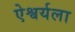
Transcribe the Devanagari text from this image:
ऐश्वर्यला